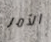
الأمر